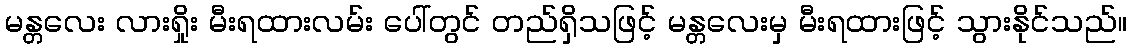
မန္တလေး လားရှိုး မီးရထားလမ်း ပေါ်တွင် တည်ရှိသဖြင့် မန္တလေးမှ မီးရထားဖြင့် သွားနိုင်သည်။